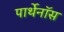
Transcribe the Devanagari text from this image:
पार्थेनॉस